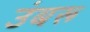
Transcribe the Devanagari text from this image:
उंबरू